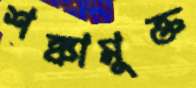
শঙ্কামুক্ত